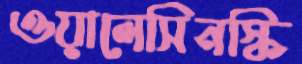
ওয়ালেসিনস্কি